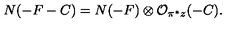
N ( - F - C ) = N ( - F ) \otimes { \cal O } _ { \pi ^ { * } z } ( - C ) .